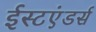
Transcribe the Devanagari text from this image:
ईस्टएंडर्स